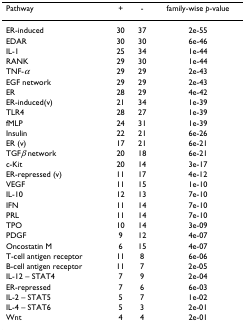
<table><thead><tr><td><b>Pathway</b></td><td><b>+</b></td><td><b>-</b></td><td><b>family-wise <i>p</i>-value</b></td></tr></thead><tbody><tr><td>ER-induced</td><td>30</td><td>37</td><td>2e-55</td></tr><tr><td>EDAR</td><td>30</td><td>30</td><td>6e-46</td></tr><tr><td>IL-1</td><td>25</td><td>34</td><td>1e-44</td></tr><tr><td>RANK</td><td>29</td><td>30</td><td>1e-44</td></tr><tr><td>TNF-<i>α</i></td><td>29</td><td>29</td><td>2e-43</td></tr><tr><td>EGF network</td><td>29</td><td>29</td><td>2e-43</td></tr><tr><td>ER</td><td>28</td><td>29</td><td>4e-42</td></tr><tr><td>ER-induced(v)</td><td>21</td><td>34</td><td>1e-39</td></tr><tr><td>TLR4</td><td>28</td><td>27</td><td>1e-39</td></tr><tr><td>fMLP</td><td>24</td><td>31</td><td>1e-39</td></tr><tr><td>Insulin</td><td>22</td><td>21</td><td>6e-26</td></tr><tr><td>ER (v)</td><td>17</td><td>21</td><td>6e-21</td></tr><tr><td>TGF<i>β </i>network</td><td>20</td><td>18</td><td>6e-21</td></tr><tr><td>c-Kit</td><td>20</td><td>14</td><td>3e-17</td></tr><tr><td>ER-repressed (v)</td><td>11</td><td>17</td><td>4e-12</td></tr><tr><td>VEGF</td><td>11</td><td>15</td><td>1e-10</td></tr><tr><td>IL-10</td><td>12</td><td>13</td><td>7e-10</td></tr><tr><td>IFN</td><td>11</td><td>14</td><td>7e-10</td></tr><tr><td>PRL</td><td>11</td><td>14</td><td>7e-10</td></tr><tr><td>TPO</td><td>10</td><td>14</td><td>3e-09</td></tr><tr><td>PDGF</td><td>9</td><td>12</td><td>4e-07</td></tr><tr><td>Oncostatin M</td><td>6</td><td>15</td><td>4e-07</td></tr><tr><td>T-cell antigen receptor</td><td>11</td><td>8</td><td>6e-06</td></tr><tr><td>B-cell antigen receptor</td><td>11</td><td>7</td><td>2e-05</td></tr><tr><td>IL-12 – STAT4</td><td>7</td><td>9</td><td>2e-04</td></tr><tr><td>ER-repressed</td><td>7</td><td>6</td><td>6e-03</td></tr><tr><td>IL-2 – STAT5</td><td>5</td><td>7</td><td>1e-02</td></tr><tr><td>IL-4 – STAT6</td><td>5</td><td>3</td><td>2e-01</td></tr><tr><td>Wnt</td><td>4</td><td>4</td><td>2e-01</td></tr></tbody></table>